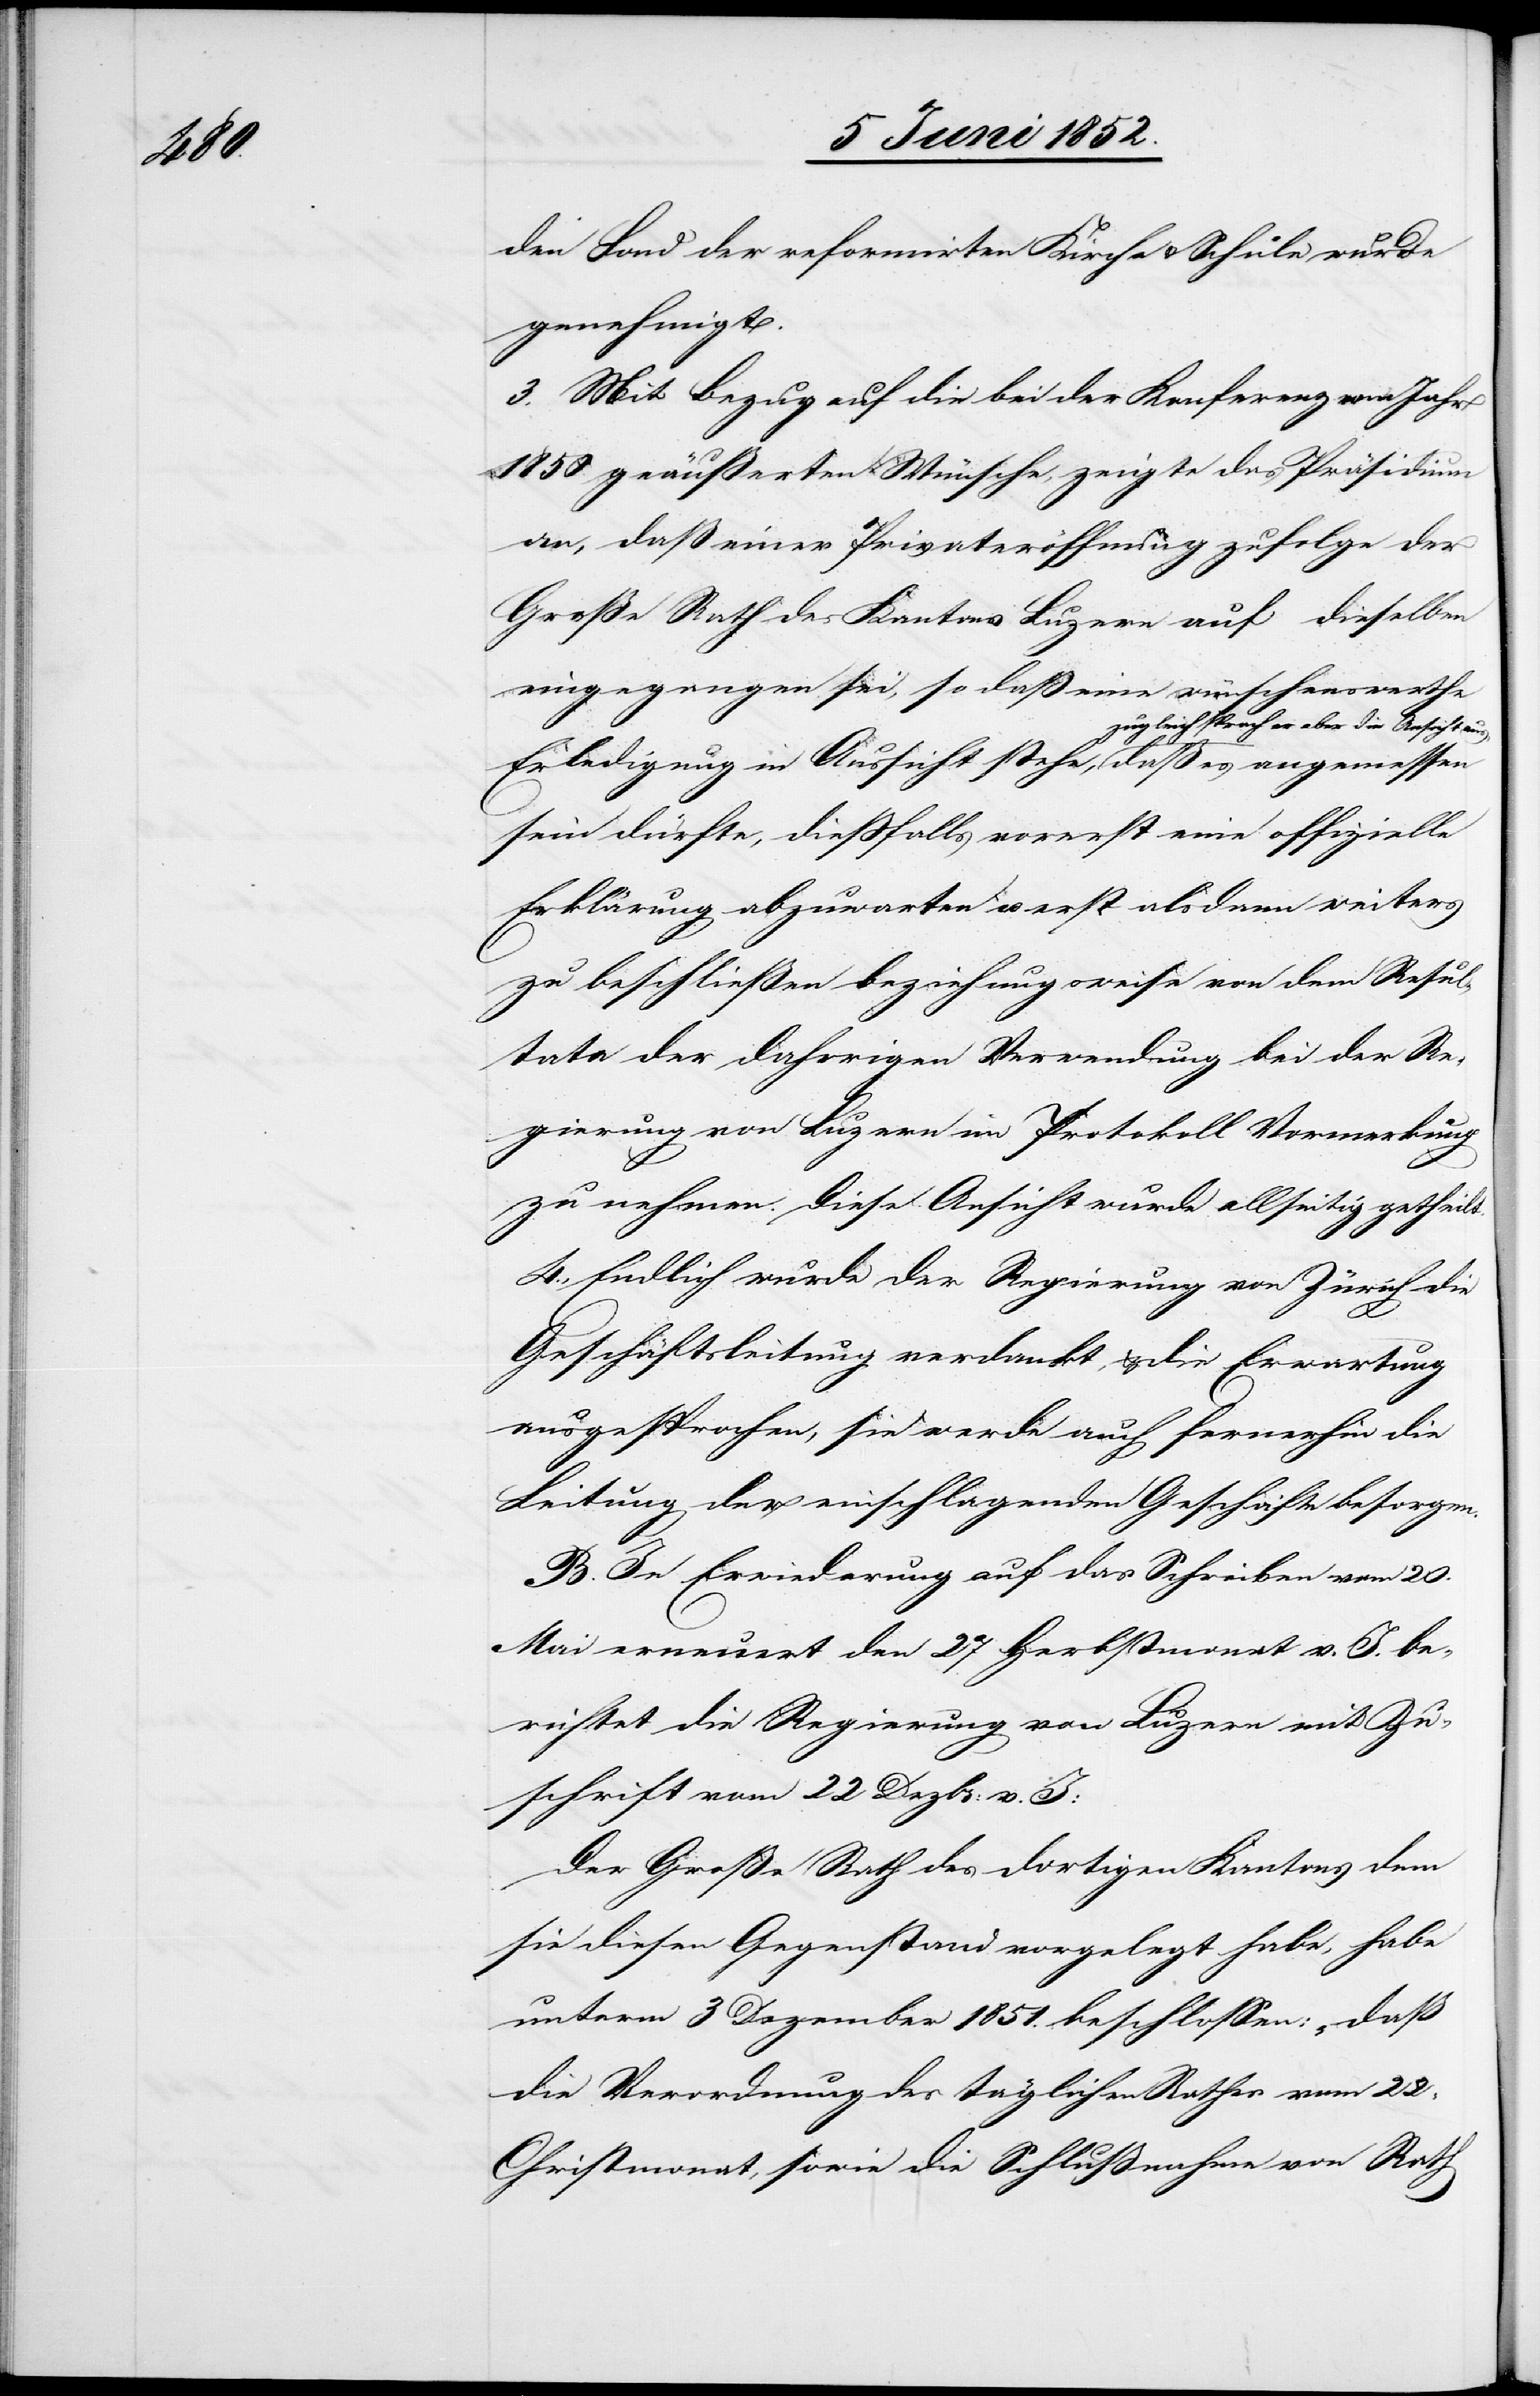
den Fond der reformirten Kirche & Schule wurde
genehmigt.
3. Mit Bezug auf die bei der Konferenz vom Jahr
1850. geäußerten Wünsche, zeigte das Präsidium
an, daß einer Privateröffnung zufolge der
Große Rath des Kantons Luzern auf dieselben
eingegangen sei, so daß eine wünschenswerthe
Erledigung in Aussicht stehe, zugleich sprach er
sein dürfte, diessfalls vorerst eine offizielle
Erklärung abzuwarten u. erst alsdann weiters
zu beschließen beziehungsweise von dem Resul¬
tate der daherigen Verwendung bei der Re¬
gierung von Luzern im Protokoll Vormerkung
zu nehmen. Diese Ansicht wurde allseitig getheilt.
4., Endlich wurde der Regierung von Zürich die
Geschäftsleitung verdankt, & die Erwartung
ausgesprochen, sie werde auch fernerhin die
Leitung der einschlagenden Geschäfte besorgen.
B. In Erwiederung auf das Schreiben vom 20.
Mai erneuert den 27 Herbstmonat v. J. be¬
richtet die Regierung von Luzern mit Zu¬
schrift vom 22 Dezbr: v. J:
Der Große Rath des dortigen Kantons dem
sie diesen Gegenstand vorgelegt habe, habe
unterm 3 Dezember 1851. beschlossen: „daß
die Verordnung des täglichen Rathes vom 22.
Christmonat, sowie die Schlußnahme von Rath